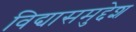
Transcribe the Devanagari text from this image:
विद्यासमुद्देश